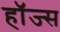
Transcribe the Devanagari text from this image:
हाॅज्स